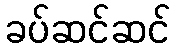
ခပ်ဆင်ဆင်